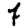
Digit: 7